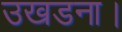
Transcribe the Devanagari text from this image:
उखडना।